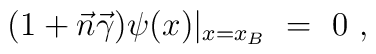
(1+\vec{n}\vec{\gamma})\psi(x)|_{x=x_B}\ =\ 0\ ,